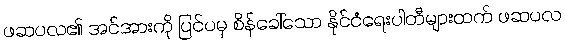
ဖဆပလ၏ အင်အားကို ပြင်ပမှ စိန်ခေါ်သော နိုင်ငံရေးပါတီများထက် ဖဆပလ